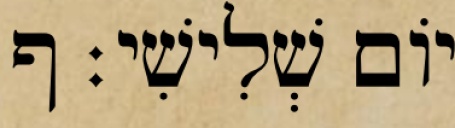
יֹום שְׁלִישִׁי׃ ף